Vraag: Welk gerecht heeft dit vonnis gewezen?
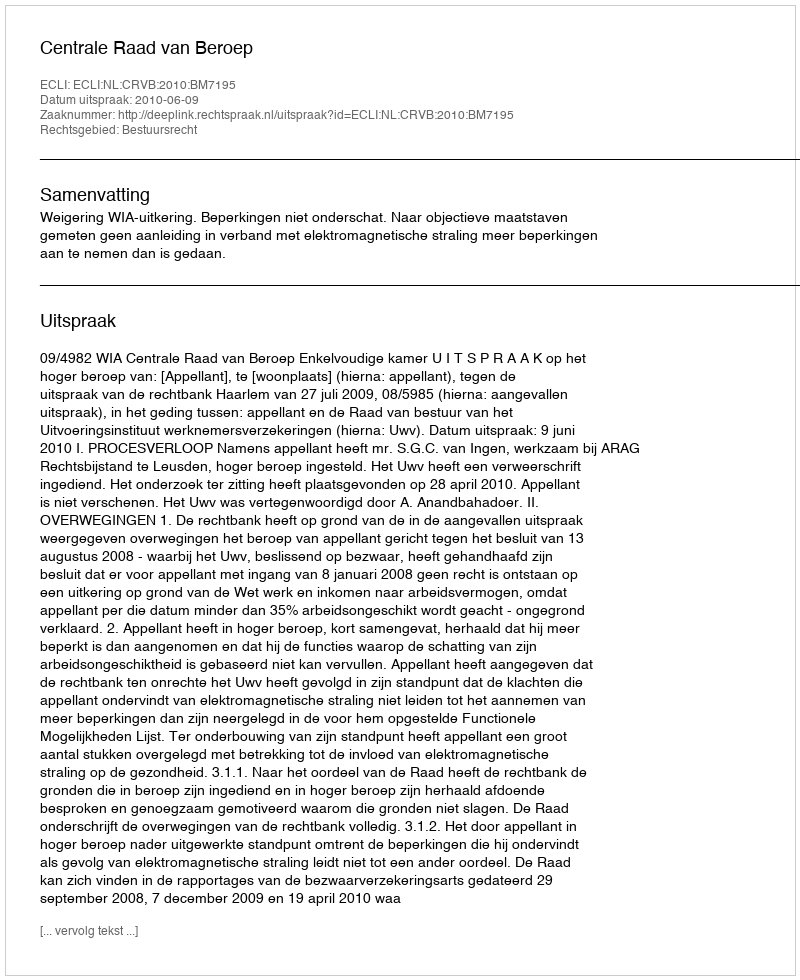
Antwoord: Centrale Raad van Beroep